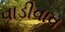
વાડીવાવ